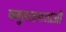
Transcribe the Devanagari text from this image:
कबुललामजाओ